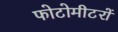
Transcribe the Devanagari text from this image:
फोटोमीटरों